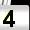
Digit: 4